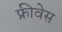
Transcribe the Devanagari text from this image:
फ्रीवेस